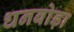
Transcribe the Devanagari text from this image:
धनबोड़ा